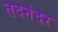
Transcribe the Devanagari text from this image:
तदनंदर